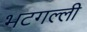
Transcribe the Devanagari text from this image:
भटगल्ली